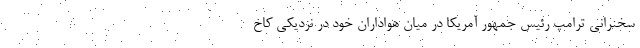
سخنرانی ترامپ رئیس جمهور آمریکا در میان هواداران خود در نزدیکی کاخ